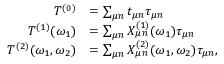
\begin{array} { r l } { T ^ { ( 0 ) } } & { = \sum _ { \mu n } t _ { \mu n } \tau _ { \mu n } } \\ { T ^ { ( 1 ) } ( \omega _ { 1 } ) } & { = \sum _ { \mu n } X _ { \mu n } ^ { ( 1 ) } ( \omega _ { 1 } ) \tau _ { \mu n } } \\ { T ^ { ( 2 ) } ( \omega _ { 1 } , \omega _ { 2 } ) } & { = \sum _ { \mu n } X _ { \mu n } ^ { ( 2 ) } ( \omega _ { 1 } , \omega _ { 2 } ) \tau _ { \mu n } , } \end{array}